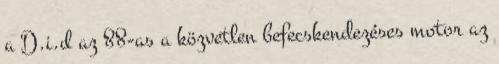
a D.i.d az 88-as a közvetlen befecskendezéses motor az